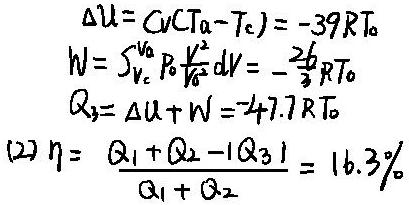
\[
\begin{align*}
\Delta U&= C_V(T_a - T_c)= - 39RT_0\\
W&=\int_{V_b}^{V_a}P_0\frac{V_0^2}{V^2}dV=-\frac{26}{3}RT_0\\
Q_3&=\Delta U + W=-47.7RT_0\\
(2)\ \eta&=\frac{Q_1 + Q_2-|Q_3|}{Q_1 + Q_2}=16.3\%
\end{align*}
\]